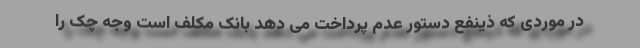
در موردی که ذینفع دستور عدم پرداخت می دهد بانک مکلف است وجه چک را